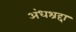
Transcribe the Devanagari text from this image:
अंधश्रद्दा